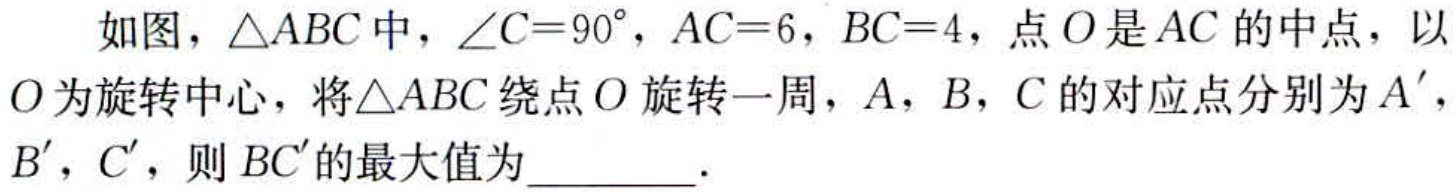
如图，\(\triangle ABC\)中，\(\angle C = 90^{\circ}\)，\(AC = 6\)，\(BC = 4\)，点\(O\)是\(AC\)的中点，以\(O\)为旋转中心，将\(\triangle ABC\)绕点\(O\)旋转一周，\(A\)，\(B\)，\(C\)的对应点分别为\(A'\)，\(B'\)，\(C'\)，则\(BC'\)的最大值为  ．